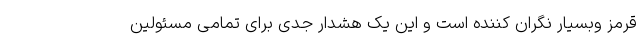
قرمز وبسیار نگران کننده است و این یک هشدار جدی برای تمامی مسئولین